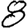
Digit: 8